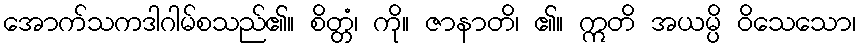
အောက်သကဒါဂါမ်စသည်၏။ စိတ္တံ၊ ကို။ ဇာနာတိ၊ ၏။ ဣတိ အယမ္ပိ ဝိသေသော၊